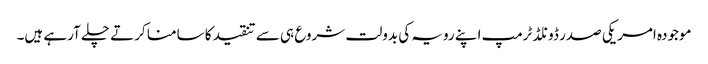
موجودہ امریکی صدر ڈونلڈ ٹرمپ اپنے رویہ کی بدولت شروع ہی سے تنقید کا سامنا کرتے چلے آرہے ہیں۔